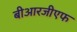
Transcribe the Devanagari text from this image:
बीआरजीएफ